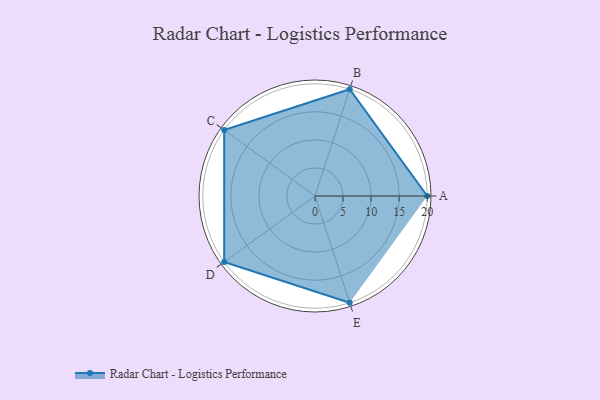
{"axis": {"x": "Skill", "y": "Score"}, "legend": ["Profile"], "data": [{"x": "A", "y": 20.0, "type": "Profile"}, {"x": "B", "y": 20, "type": "Profile"}, {"x": "C", "y": 20, "type": "Profile"}, {"x": "D", "y": 20, "type": "Profile"}, {"x": "E", "y": 20, "type": "Profile"}]}